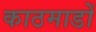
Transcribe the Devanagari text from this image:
काठमाडों